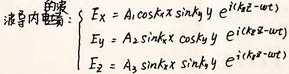
\[
\left\{
\begin{array}{l}
E_x = A_1 \cos k_x x \sin k_y y \ e^{i(k_z z - \omega t)} \\
E_y = A_2 \sin k_x x \cos k_y y \ e^{i(k_z z - \omega t)} \\
E_z = A_3 \sin k_x x \sin k_y y \ e^{i(k_z z - \omega t)}
\end{array}
\right.
\]